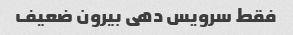
فقط سرویس دهی بیرون ضعیف